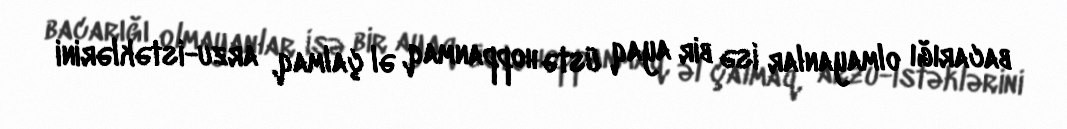
bacarığı olmayanlar isə bir ayaq üstə hoppanmaq, əl çalmaq, arzu-istəklərini